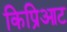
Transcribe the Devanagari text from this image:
किप्रिआट